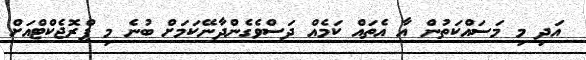
އަދި މި މަސައްކަތުން އާ އެތައް ކަމެއް ދަސްވެގެންދާނޭކަމަށް ބުނެ މި ޕްރޮޖެކްޓްއަށް